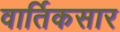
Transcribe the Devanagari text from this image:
वार्तिकसार